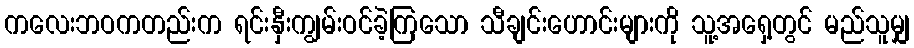
ကလေးဘဝကတည်းက ရင်းနှီးကျွမ်းဝင်ခဲ့ကြသော သီချင်းဟောင်းများကို သူ့အရှေ့တွင် မည်သူမျှ